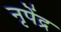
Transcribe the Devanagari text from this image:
नृपेंद्र